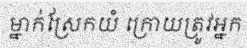
ម្នាក់ស្រែកយំ ក្រោយត្រូវអ្នក